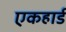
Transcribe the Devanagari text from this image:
एकहार्ड